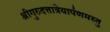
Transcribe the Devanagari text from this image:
श्रीगुरुदत्तात्रेयार्पणमस्तु